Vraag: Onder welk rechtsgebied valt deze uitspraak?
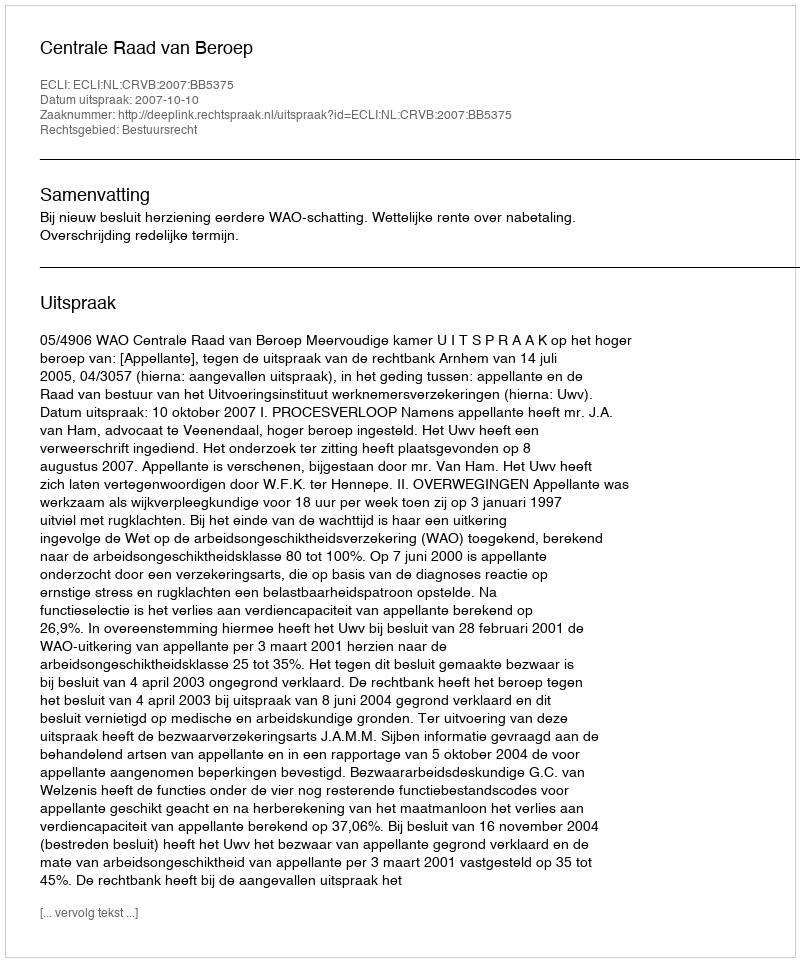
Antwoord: Bestuursrecht